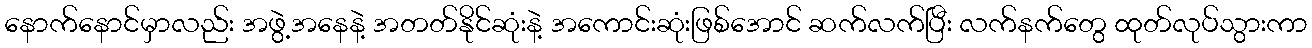
နောက်နောင်မှာလည်း အဖွဲ့အနေနဲ့ အတတ်နိုင်ဆုံးနဲ့ အကောင်းဆုံးဖြစ်အောင် ဆက်လက်ပြီး လက်နက်တွေ ထုတ်လုပ်သွားကာ